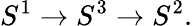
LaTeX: S^{1}\to S^{3}\to S^{2}.